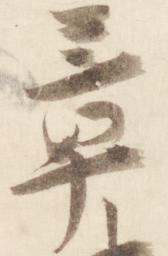
章